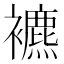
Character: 𧞧